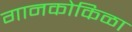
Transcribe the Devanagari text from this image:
गानकोकिळा